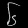
Digit: ၆